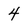
Character: 4